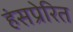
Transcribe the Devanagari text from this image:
हंसप्रेरित